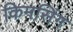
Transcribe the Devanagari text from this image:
किमसिंग